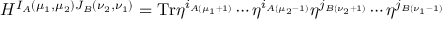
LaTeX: H ^ { I _ { A } ( \mu _ { 1 } , \mu _ { 2 } ) J _ { B } ( \nu _ { 2 } , \nu _ { 1 } ) } = \mathrm { T r } \eta ^ { i _ { A ( \mu _ { 1 } + 1 ) } } \cdots \eta ^ { i _ { A ( \mu _ { 2 } - 1 ) } } \eta ^ { j _ { B ( \nu _ { 2 } + 1 ) } } \cdots \eta ^ { j _ { B ( \nu _ { 1 } - 1 ) } }